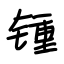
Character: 锺